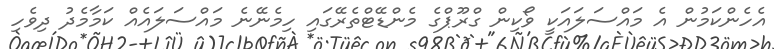
އެހެންކަމުން އެ މައްސަލައަކީ ވޯކިން ގްރޫޕްގެ މެންޑޭޓްތެރޭގައި ހިމެނޭނެ މައްސަލައެއް ކަމާމެދު ދިވެހި